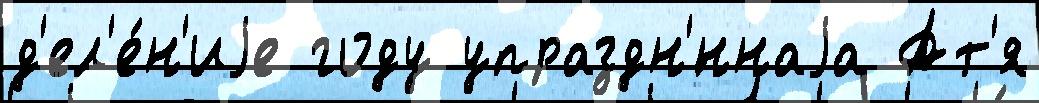
д'ел'е́н'иjе году упраздн'́ннаjа Ат'я